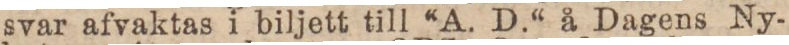
svar afvaktas i biljett till “A. D.“ å Dagens Ny-